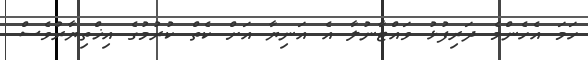
ހަމަ އެހެންމެ ދަރިފުޅު ވައްޓާނުލާ އެ އަނިޔާ އަށް ކެތް ކުރުމުގެ އިޚްތިޔާރުވެސް